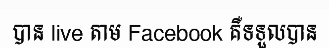
បាន live តាម Facebook គឺទទួលបាន